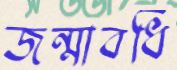
জন্মাবধি